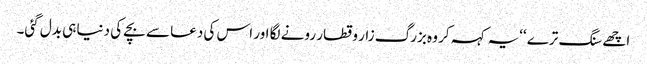
اچھے سنگ ترے ‘‘یہ کہہ کر وہ بزرگ زار و قطار رونے لگا اور اس کی دعا سے بچے کی دنیا ہی بدل گئی۔